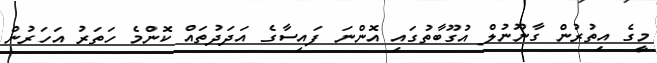
މީގެ އިތުރުން ގާނޫނުލް އުގޫބާތުގައި އޮންނަ ފައިސާގެ އަދަދުތައް ކޮންމެ ހަތަރު އަހަރުން